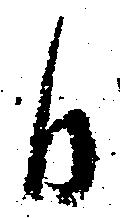
日